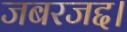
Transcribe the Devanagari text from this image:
जबरजद्द।